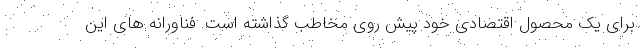
برای یک محصول اقتصادی خود پیش روی مخاطب گذاشته است. فناورانه های این